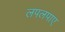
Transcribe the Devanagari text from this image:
लपलपाए